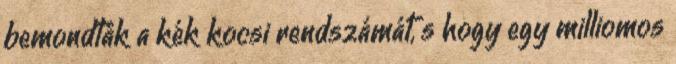
bemondták a kék kocsi rendszámát, s hogy egy milliomos